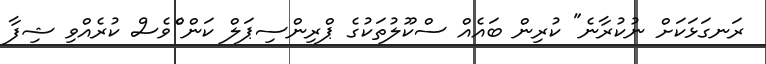
ރަނގަޅަކަށް ނުކުރާނެ" ކުރިން ބައެއް ސްކޫލުތަކުގެ ޕްރިންސިޕަލް ކަން ްެވެސް ކުރެއްވި ޝިފާ